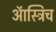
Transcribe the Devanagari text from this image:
ऑस्ट्रिच